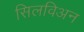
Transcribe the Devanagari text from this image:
सिलविअन